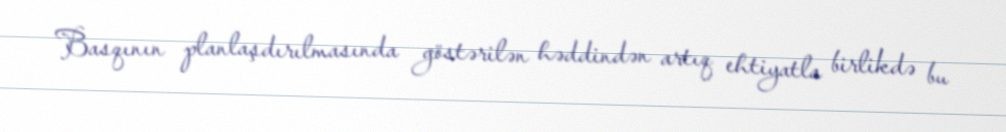
Basqının planlaşdırılmasında göstərilən həddindən artıq ehtiyatla birlikdə bu